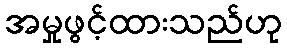
အမှုဖွင့်ထားသည်ဟု